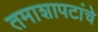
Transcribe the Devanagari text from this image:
तमाशापटांचे